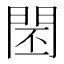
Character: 𨴈